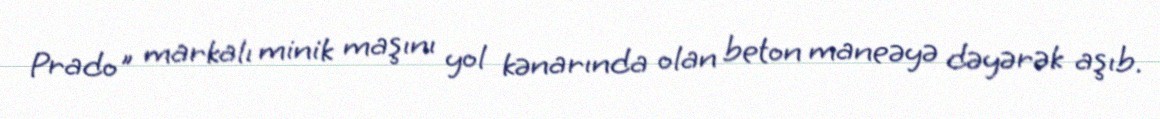
Prado" markalı minik maşını yol kənarında olan beton maneəyə dəyərək aşıb.